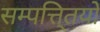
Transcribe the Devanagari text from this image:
सम्पत्ति्तयों